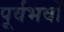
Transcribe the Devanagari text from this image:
पूर्वभवों